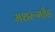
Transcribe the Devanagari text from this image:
मशरूमहैड